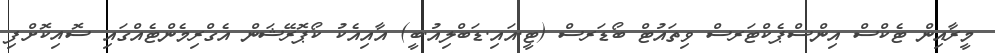
މީރާއިން ޓެކްސް އިންސްޕެކްޓަރސް ވިތައުޓް ބޯޑަރސް (ޓީ.އައި.ޑަބްލިއު.ބީ) އާއިއެކު ކޯޕޮރޭޝަން އެގްރިމެންޓެއްގައި ސޮއިކޮށްފި